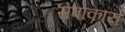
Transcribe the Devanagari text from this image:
सेवाकार्ये